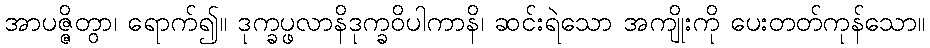
အာပဇ္ဇိတွာ၊ ရောက်၍။ ဒုက္ခပ္ဖလာနိဒုက္ခဝိပါကာနိ၊ ဆင်းရဲသော အကျိုးကို ပေးတတ်ကုန်သော။